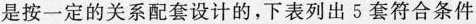
是按一定的关系配套设计的，下表列出5套符合条件